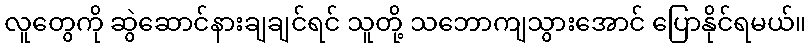
လူတွေကို ဆွဲဆောင်နားချချင်ရင် သူတို့ သဘောကျသွားအောင် ပြောနိုင်ရမယ်။